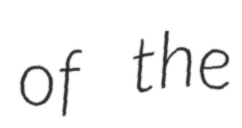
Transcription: of the